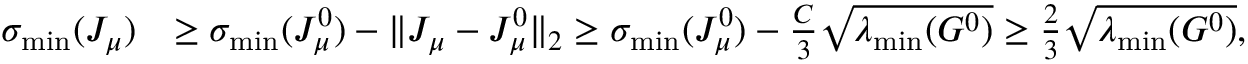
\begin{array} { r l } { \sigma _ { \operatorname* { m i n } } ( J _ { \mu } ) } & { \geq \sigma _ { \operatorname* { m i n } } ( J _ { \mu } ^ { 0 } ) - \| J _ { \mu } - J _ { \mu } ^ { 0 } \| _ { 2 } \geq \sigma _ { \operatorname* { m i n } } ( J _ { \mu } ^ { 0 } ) - \frac { C } { 3 } \sqrt { \lambda _ { \operatorname* { m i n } } ( G ^ { 0 } ) } \geq \frac { 2 } { 3 } \sqrt { \lambda _ { \operatorname* { m i n } } ( G ^ { 0 } ) } , } \end{array}